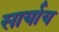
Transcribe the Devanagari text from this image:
सार्याय